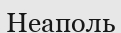
Неаполь